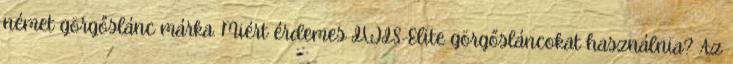
német görgőslánc márka. Miért érdemes IWIS-Elite görgősláncokat használnia? Az